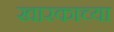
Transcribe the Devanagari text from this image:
खारकाच्या